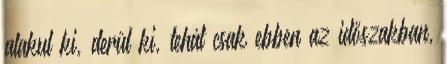
alakul ki, derül ki, tehát csak ebben az időszakban,